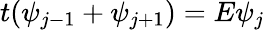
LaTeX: t(\psi_{j-1}+\psi_{j+1})=E\psi_{j}